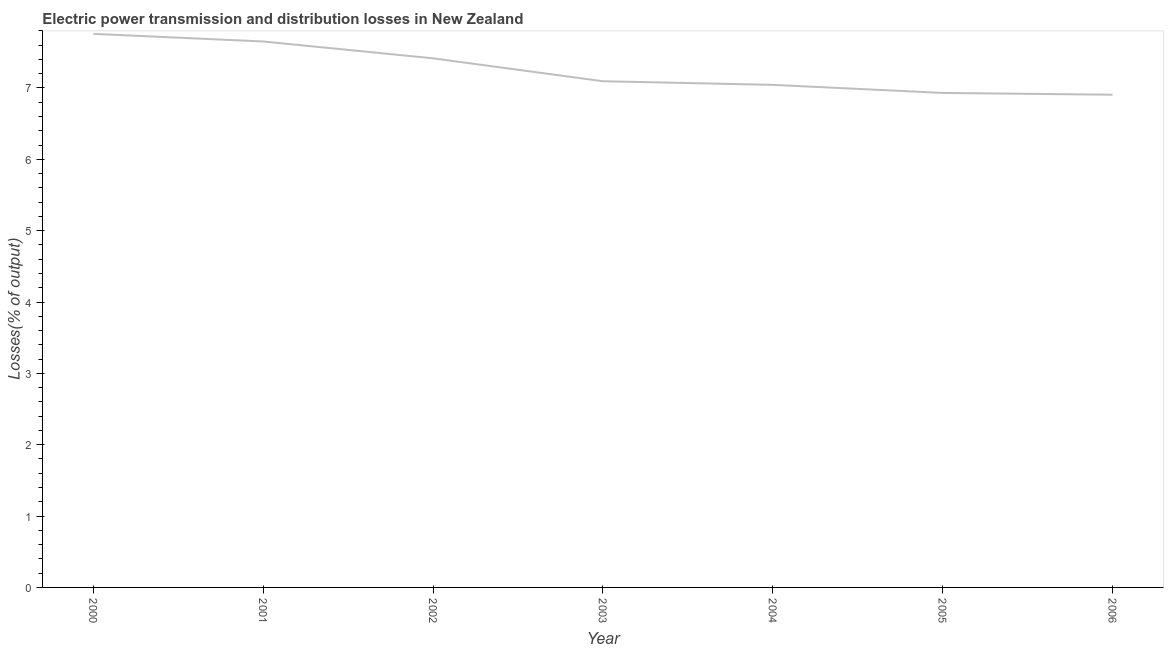
| Year | Electric power transmission and distribution losses |
 | --- | --- |
 | 2000 | 7.76 |
 | 2001 | 7.65 |
 | 2002 | 7.42 |
 | 2003 | 7.09 |
 | 2004 | 7.04 |
 | 2005 | 6.93 |
 | 2006 | 6.91 |